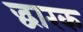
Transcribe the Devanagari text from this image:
द्धारक